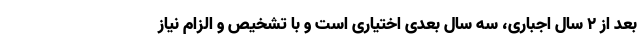
بعد از ۲ سال اجباری، سه سال بعدی اختیاری است و با تشخیص و الزام نیاز